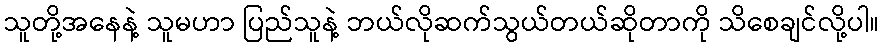
သူတို့အနေနဲ့ သူမဟာ ပြည်သူနဲ့ ဘယ်လိုဆက်သွယ်တယ်ဆိုတာကို သိစေချင်လို့ပါ။